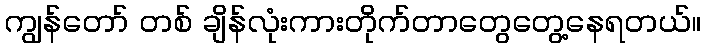
ကျွန်တော် တစ် ချိန်လုံးကားတိုက်တာတွေတွေ့နေရတယ်။